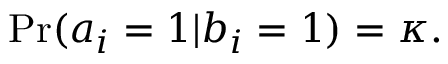
\mathrm { P r } ( a _ { i } = 1 | b _ { i } = 1 ) = \kappa .